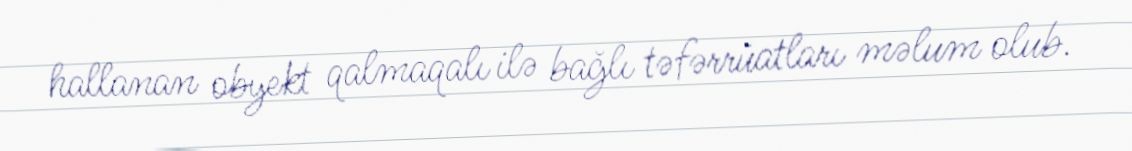
hallanan obyekt qalmaqalı ilə bağlı təfərrüatları məlum olub.